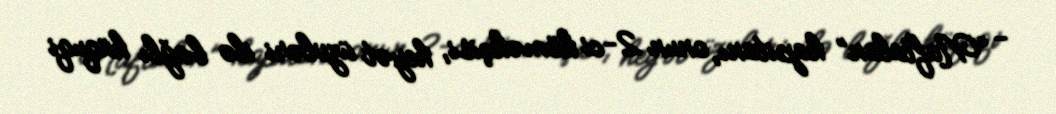
- “Naftalan” kapitanı, onun 2-ci köməkçisi, heyət üzvləri ilə bağlı hüquqi